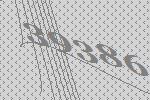
39386